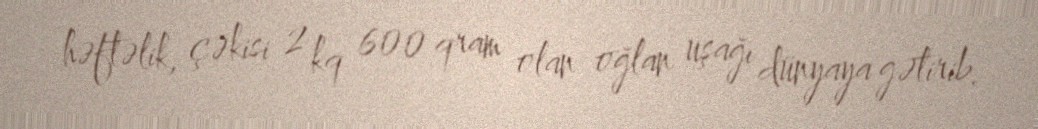
həftəlik, çəkisi 2 kq 600 qram olan oğlan uşağı dünyaya gətirib.